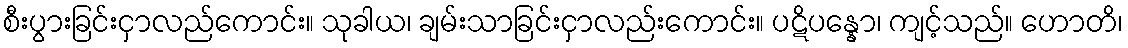
စီးပွားခြင်းငှာလည်ကောင်း။ သုခါယ၊ ချမ်းသာခြင်းငှာလည်းကောင်း။ ပဋိပန္နော၊ ကျင့်သည်။ ဟောတိ၊